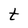
Character: t